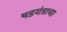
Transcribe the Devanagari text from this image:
षडयंत्राचा